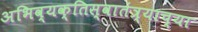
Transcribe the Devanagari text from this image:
अभिव्यक्तिस्वातंत्र्याच्या